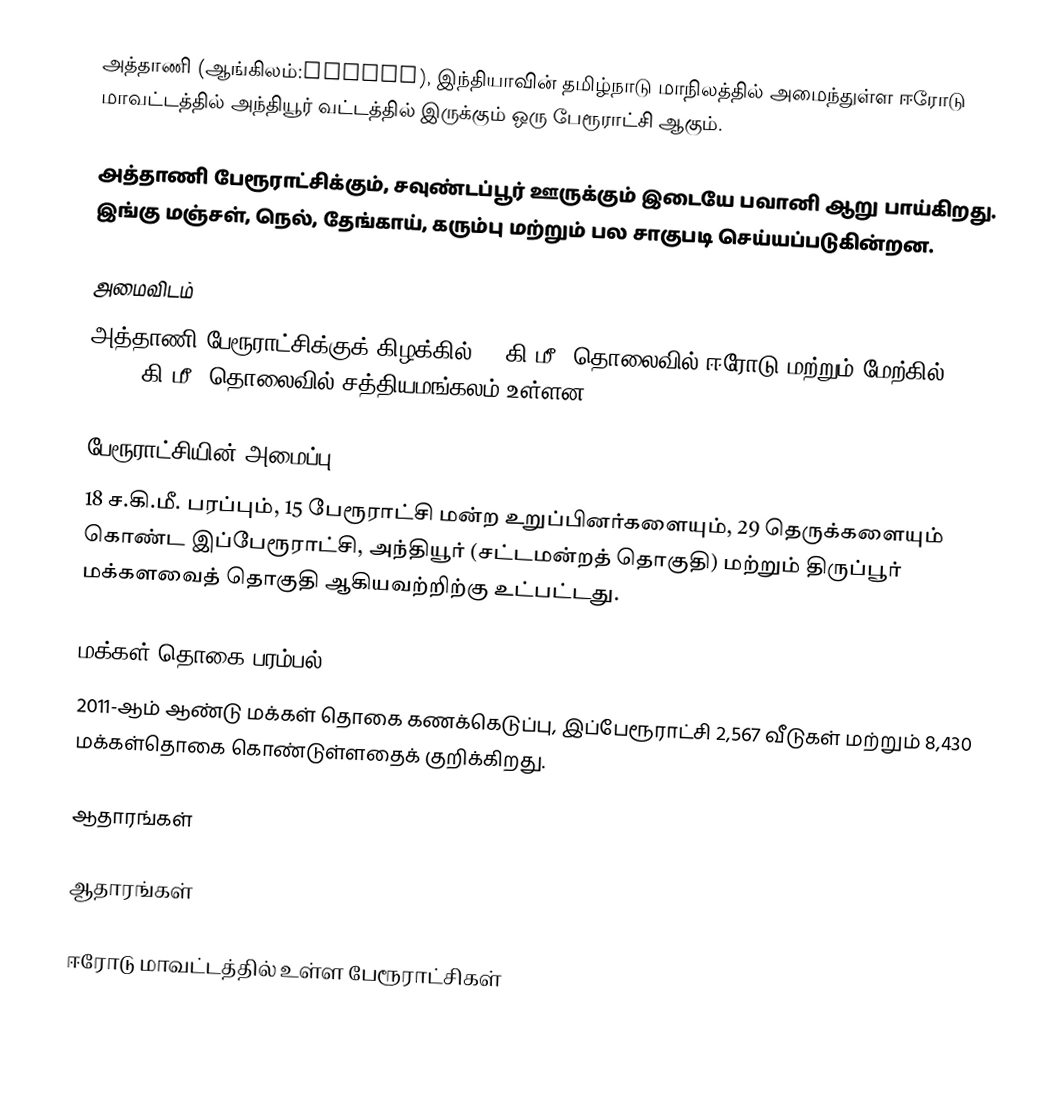
அத்தாணி (ஆங்கிலம்:Athani), இந்தியாவின் தமிழ்நாடு மாநிலத்தில் அமைந்துள்ள ஈரோடு மாவட்டத்தில் அந்தியூர் வட்டத்தில் இருக்கும் ஒரு பேரூராட்சி ஆகும்.

அத்தாணி பேரூராட்சிக்கும், சவுண்டப்பூர் ஊருக்கும் இடையே பவானி ஆறு பாய்கிறது. இங்கு மஞ்சள், நெல், தேங்காய், கரும்பு மற்றும் பல சாகுபடி செய்யப்படுகின்றன.

அமைவிடம்
அத்தாணி பேரூராட்சிக்குக் கிழக்கில் 38 கி.மீ. தொலைவில் ஈரோடு மற்றும் மேற்கில் 30.40 கி.மீ.  தொலைவில் சத்தியமங்கலம் உள்ளன.

பேரூராட்சியின் அமைப்பு
18 ச.கி.மீ. பரப்பும், 15 பேரூராட்சி மன்ற உறுப்பினர்களையும், 29 தெருக்களையும் கொண்ட இப்பேரூராட்சி, அந்தியூர்   (சட்டமன்றத் தொகுதி) மற்றும் திருப்பூர் மக்களவைத் தொகுதி ஆகியவற்றிற்கு உட்பட்டது.

மக்கள் தொகை பரம்பல்
2011-ஆம் ஆண்டு மக்கள் தொகை கணக்கெடுப்பு, இப்பேரூராட்சி 2,567 வீடுகள் மற்றும் 8,430 மக்கள்தொகை கொண்டுள்ளதைக் குறிக்கிறது.

ஆதாரங்கள்

ஆதாரங்கள்

ஈரோடு மாவட்டத்தில் உள்ள பேரூராட்சிகள்